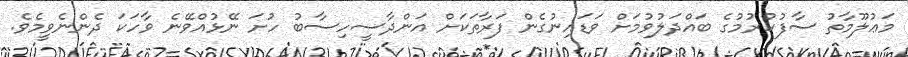
މަޢުލޫމާތު ސާފުކުރުމުގެ ބައްދަލުވުމަށް ވަޑައިނުގެން ފަރާތަކަށް އަންދާސީހިސާބު ހުށަ ނޭޅުއްވޭނެ ވާހަކަ ދެންނެވީމެވެ.